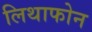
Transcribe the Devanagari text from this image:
लिथाफोन